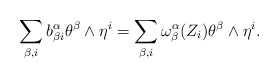
\begin{align*} \sum_{\beta, i} b_{\beta i}^{\alpha} \theta^{\beta} \wedge \eta^i= \sum_{\beta, i} \omega_{\beta}^{\alpha}(Z_i) \theta^{\beta} \wedge \eta^i. \end{align*}